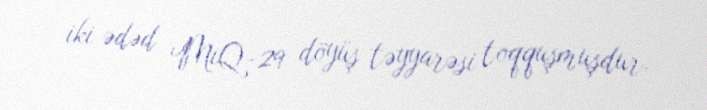
iki ədəd MiQ-29 döyüş təyyarəsi toqquşmuşdur.